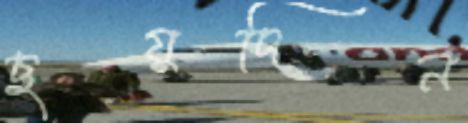
ছয়দিন